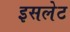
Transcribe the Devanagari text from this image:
इसलेट